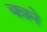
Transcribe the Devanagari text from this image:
बन्नने